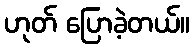
ဟုတ် ပြောခဲ့တယ်။